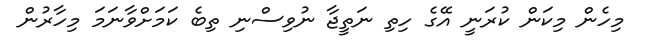
މިހެން މިކަން ކުރަނީ އޭގެ ހިތި ނަތީޖާ ނުވިސްނި ތިބެ ކަމަށްވާނަމަ މިހާރުން